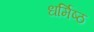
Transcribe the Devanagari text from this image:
धर्मिष्ठ